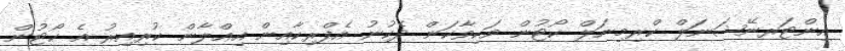
އިންޓަރނޭޝަނަލް ކްރިމިނަލް ކޯޓުން ވަކިވާކަން ދެކުނު އެފްރިކާއިން އިޢްލާން ކުރިއިރު އެ ކޯޓުން